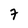
Character: 7